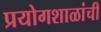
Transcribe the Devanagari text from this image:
प्रयोगशाळांची